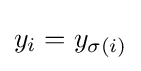
y_{i}=y_{\sigma (i)}